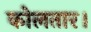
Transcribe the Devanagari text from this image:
कोलतार।